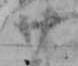
廿